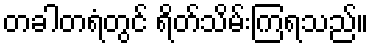
တခါတရံတွင် ရိတ်သိမ်းကြရသည်။